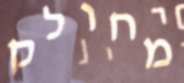
מחולק